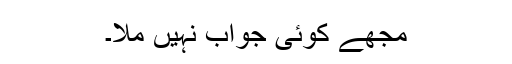
مجھے کوئی جواب نہیں ملا۔